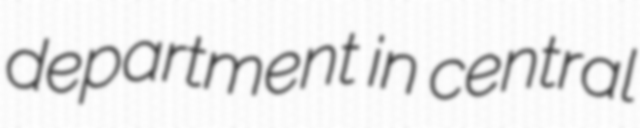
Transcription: department in central